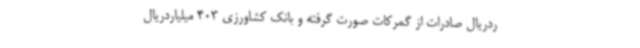
ردریال صادرات از گمرکات صورت گرفته و بانک کشاورزی 403 میلیاردریال